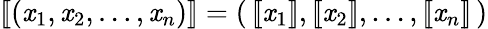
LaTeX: [\! [(\mathit{x}_{1},\mathit{x}_{2},\ldots,\mathit{x}_{n})]\! ]=(\, [\! [\mathit{x}_{1}]\! ],[\! [\mathit{x}_{2}]\! ],\ldots,[\! [\mathit{x}_{n}]\! ]\, )